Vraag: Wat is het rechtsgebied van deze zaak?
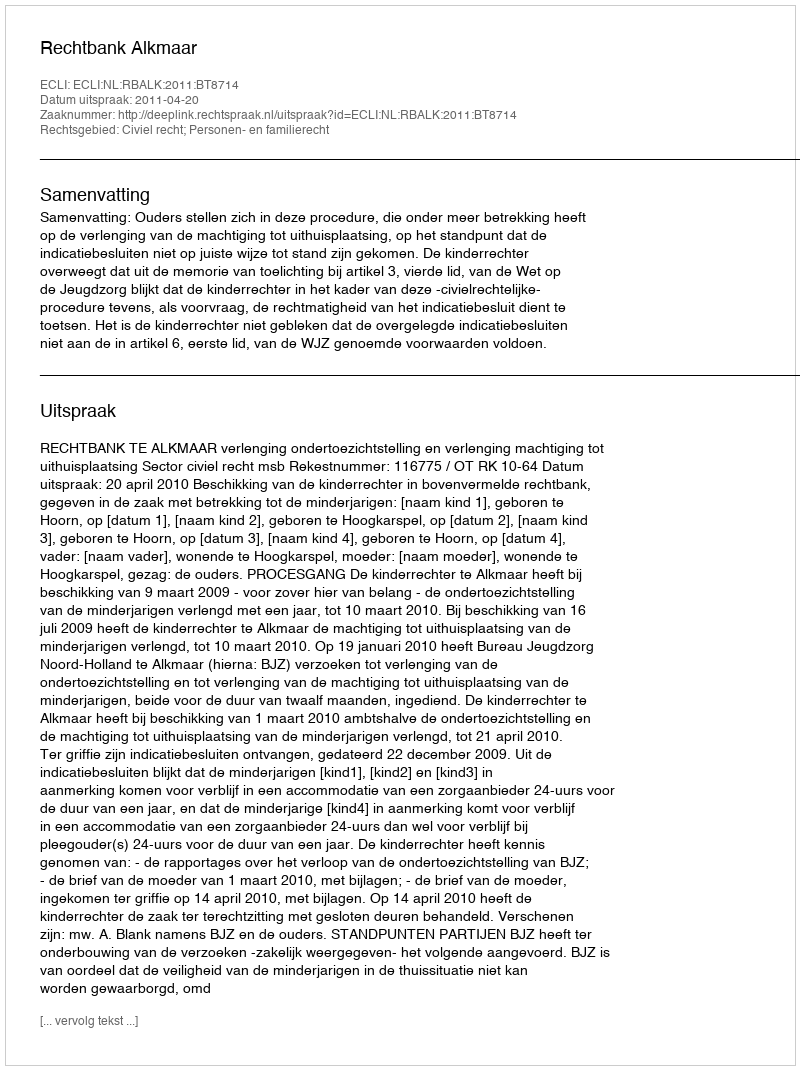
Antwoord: Civiel recht; Personen- en familierecht